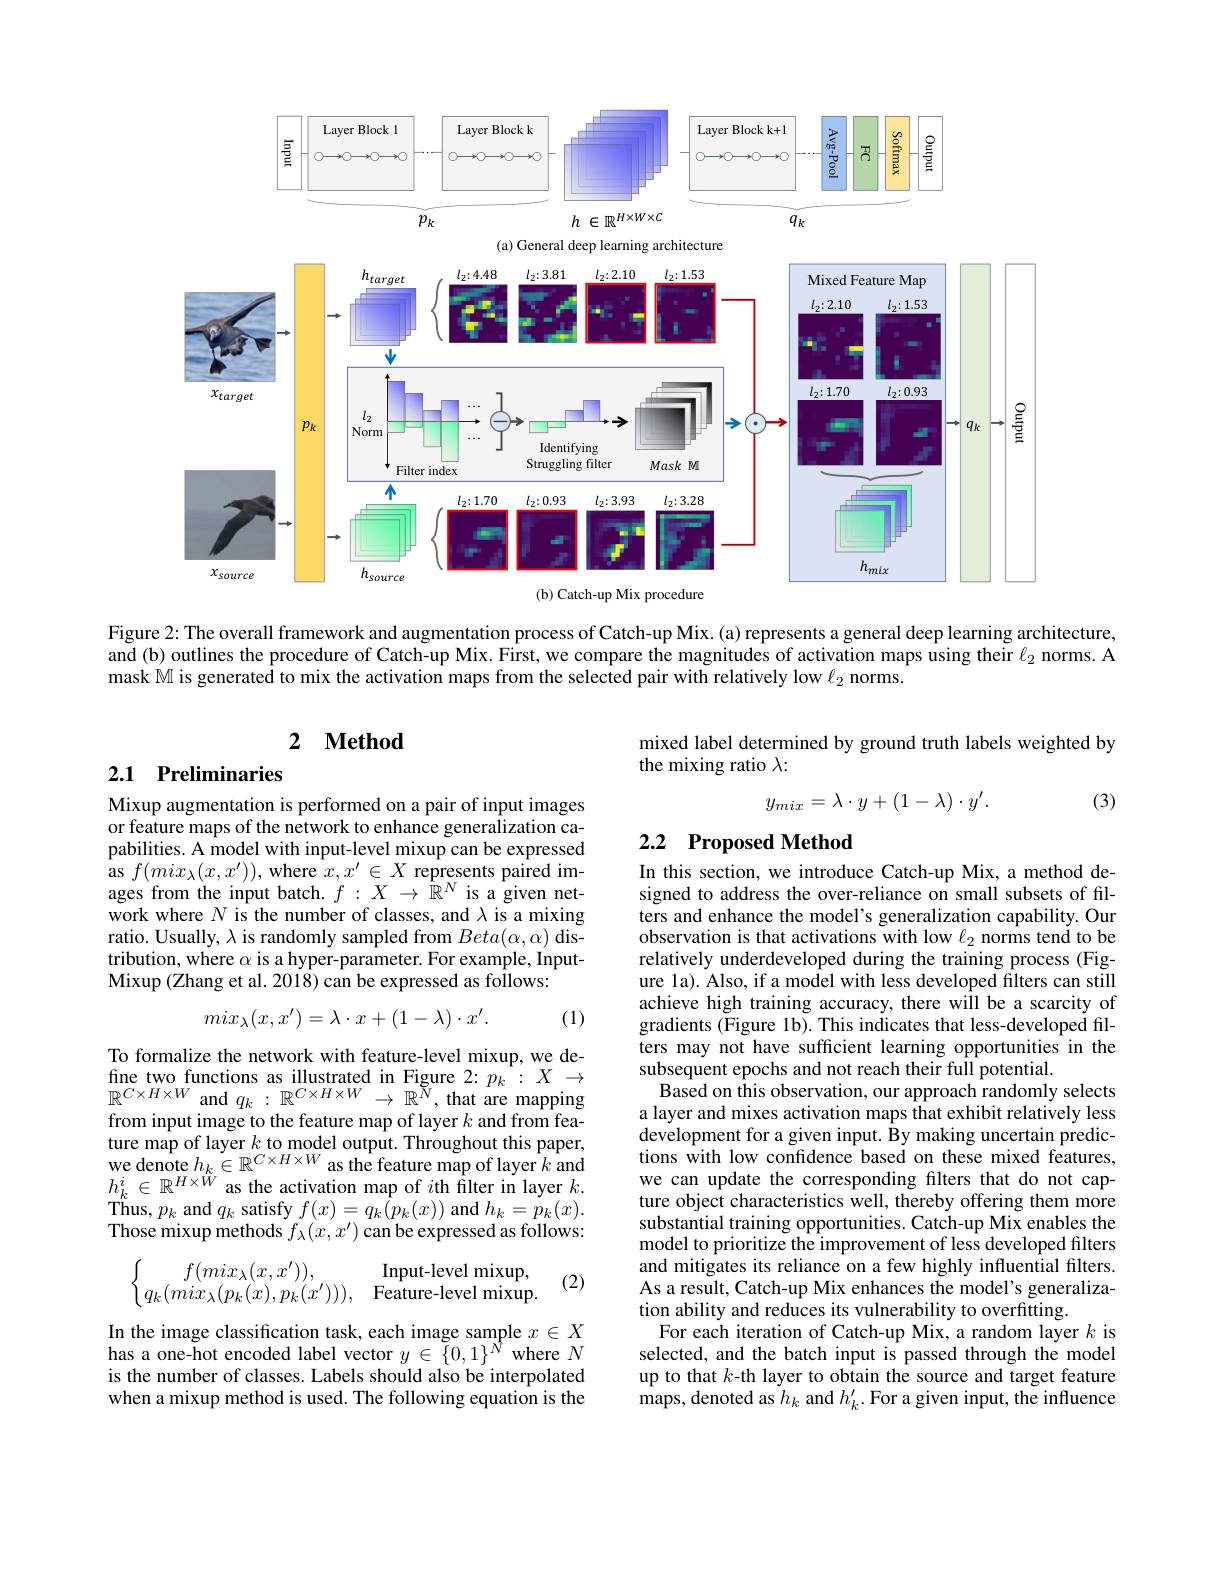
<FigureHere>
$h$ $\in \mathbb{R} ^{H\times W\times C}$
$\tilde{p}_k$
$\bar{q}_{k}$

<FigureHere>

Figure 2: The overall framework and augmentation process of Catch-up Mix. (a) represents a general deep learning architecture, and (b) outlines the procedure of Catch-up Mix. First, we compare the magnitudes of activation maps using their $\ell_2$ norms. A mask M is generated to mix the activation maps from the selected pair with relatively low $\ell_{2}$ norms.

### 2 $\textbf{Method}$

mixed label determined by ground truth labels weighted by
the mixing ratio $\lambda:$

## 2.1 Preliminaries

(3)
$$y_{mix}=\lambda\cdot y+(1-\lambda)\cdot y'.$$
## 2.2 Proposed Method

Mixup augmentation is performed on a pair of input images or feature maps of the network to enhance generalization capabilities. A model with input-level mixup can be expressed as $f(mix_{\lambda}(x,x^{\prime}))$, where $x,x^\prime\in X$ represents paired images from the input batch. $f:X\to\mathbb{R}^N$ is a given network where $N$ is the number of classes, and $\lambda$ is a mixing ratio. Usually, $\lambda$ is randomly sampled from $Beta(\alpha,\alpha)$ distribution, where $\alpha$ is a hyper-parameter. For example, InputMixup (Zhang et al. 2018) can be expressed as follows:
$$mix_\lambda(x,x')=\lambda\cdot x+(1-\lambda)\cdot x'.$$
(1)

In this section, we introduce Catch-up Mix, a method designed to address the over-reliance on small subsets of filters and enhance the model's generalization capability. Our observation is that activations with low $\ell_{2}$ norms tend to be relatively underdeveloped during the training process (Figure la). Also, if a model with less developed filters can still achieve high training accuracy, there will be a scarcity of gradients (Figure 1b). This indicates that less-developed filters may not have sufficient learning opportunities in the subsequent epochs and not reach their full potential.
Based on this observation, our approach randomly selects a layer and mixes activation maps that exhibit relatively less development for a given input. By making uncertain predictions $\hat{\text{with low confidence based on these mixed features,}}$ we can update the corresponding filters that do not capture object characteristics well, thereby offering them more substantial training opportunities. Catch-up Mix enables the model to prioritize the improvement of less developed filters and mitigates its reliance on a few highly influential filters. As a result, Catch-up Mix enhances the model's generalization ability and reduces its vulnerability to overfitting.
For each iteration of Catch-up Mix, a random layer $k$ is selected, and the batch input is passed through the model up to that $k$-th layer to obtain the source and target feature $\hat{\text{maps, denoted as }h_{k}}$ and $h_k^\prime.$ For a given input, the influence

To formalize the network with feature-level mixup, we define two functions as illustrated in Figure $2:p_k:X\to$ $\mathbb{R}^{C\times H\times W}$and$q_k:\mathbb{R}^{C\times H\times W}\to\mathbb{R}^N$,that are mapping from input image to the feature map of layer $k$ and from feature map of layer $k$ to model output. Throughout this paper, we denote $h_k\in\mathbb{R}^{C\times H\times W}$ as the feature map of layer $k$ and $h_k^i\in\mathbb{R}^{H\times W}$ as the activation map of $i$th filter in layer $k.$ $\mathop{\mathrm{Thus,~}p_{k}}$and $q_{k}$ satisfy $f(x)=q_{k}(p_{k}(x))$ and $h_{k}=p_{k}(x).$ Those mixup methods $f_\lambda(x,x^{\prime})$ can be expressed as follows:

(2)
$$\left\{\begin{matrix}f(mix_\lambda(x,x')),&\text{Input-level mixup,}\\q_k(mix_\lambda(p_k(x),p_k(x'))),&\text{Feature-level mixup.}\end{matrix}\right.$$
In the image classification task, each image sample $x\in X$ $\begin{array}{l}{\mathrm{has~a~one-hot~encoded~label~vector~}y\in\tilde{\{}0,1\}^{N}~\mathrm{where~}N}\\{\mathrm{is~the~number~of~classes.~Labels~should~also~be~interpolated}}\end{array}$ when a mixup method is used. The following equation is the